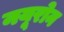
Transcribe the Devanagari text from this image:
नयूरोन